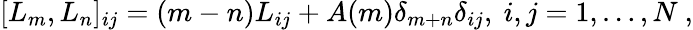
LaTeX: [L_{m},L_{n}]_{ij}=(m-n)L_{ij}+A(m)\delta_{m+n}\delta_{ij},\ i,j=1,\dots,N\ ,